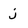
Character: j